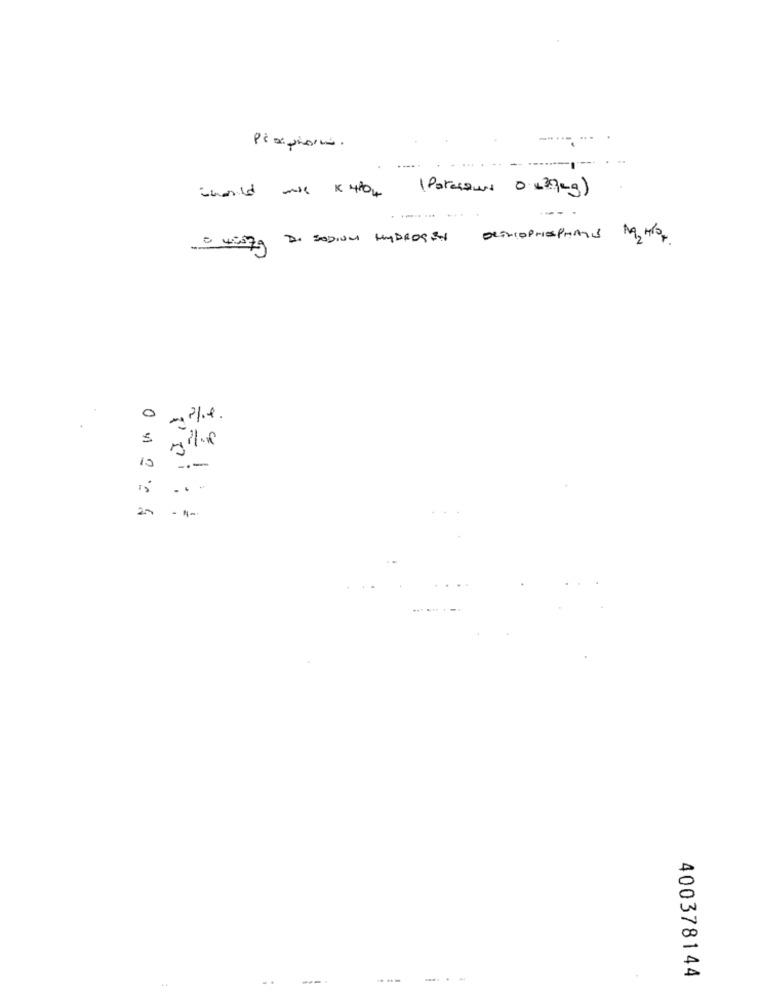
whenild mais K 4104 ( Potassium 0x39kg)
.-.....
- 4SEZA De SODIUM HYDROSEN
0
10
Poi:
---
.... . .
400378144